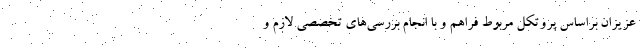
عزیزان براساس پروتکل مربوط فراهم و با انجام بررسی‌های تخصصی لازم و